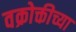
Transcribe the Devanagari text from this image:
वक्रोक्तीच्या